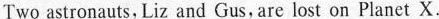
Two astronauts, Liz and Gus,are lost on Planet X.